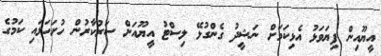
އީޔޫއިން ފިޔަވަޅު އެޅިކަމަށް ނަޝީދު ގެންގުޅޭ ލިސްޓު އީޔޫއަށް ސަރުކާރުން ހުށަހަޅައި ކަމުގެ